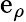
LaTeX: \mathrm{e}_{\rho}